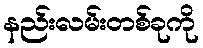
နည်းလမ်းတစ်ခုကို